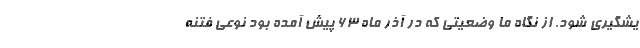
یشگیری شود. از نگاه ما وضعیتی که در آذر ماه ۶۳ پیش آمده بود نوعی فتنه